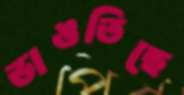
ভাঙতিছে